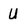
Character: U